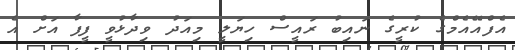
އެފްއޭއެމްގެ ކުރީގެ ނައިބު ރައީސް ހިޔަލީ މިއަދު ވިދާޅުވީ ފީފާ އަށް އެ